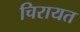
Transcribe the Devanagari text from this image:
चिरायत